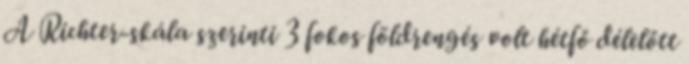
A Richter-skála szerinti 3 fokos földrengés volt hétfő délelőtt